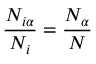
\frac { N _ { i \alpha } } { N _ { i } } = \frac { N _ { \alpha } } { N }